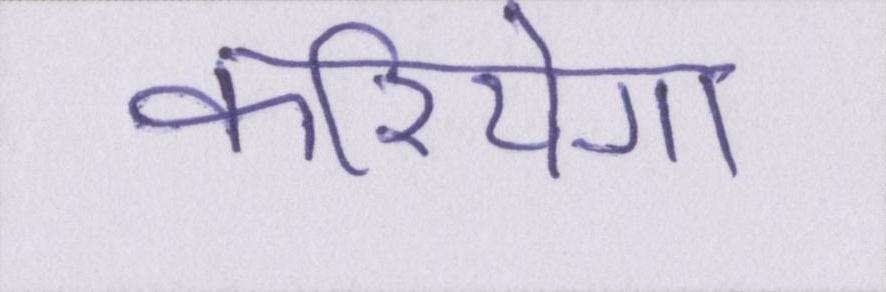
करियेगा